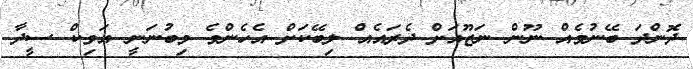
ދޮންދަ ބޭނުމެއް ނޫން ނަޒޫއަށް ދެރައެއް ލިބޭކަށް އެހެންވެ މިބުނަނީ އަވިކް ސީދާ